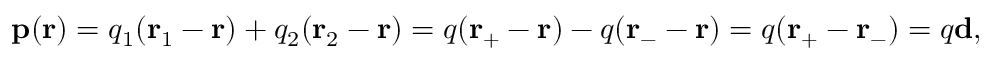
\mathbf { p } ( \mathbf { r } ) = q _ { 1 } ( \mathbf { r } _ { 1 } - \mathbf { r } ) + q _ { 2 } ( \mathbf { r } _ { 2 } - \mathbf { r } ) = q ( \mathbf { r } _ { + } - \mathbf { r } ) - q ( \mathbf { r } _ { - } - \mathbf { r } ) = q ( \mathbf { r } _ { + } - \mathbf { r } _ { - } ) = q \mathbf { d } ,